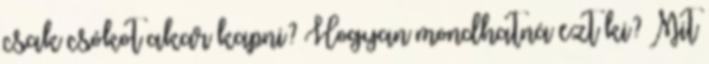
csak csókot akar kapni? Hogyan mondhatná ezt ki? Mit